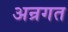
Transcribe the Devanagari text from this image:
अन्रगत